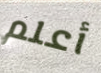
أعلم